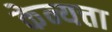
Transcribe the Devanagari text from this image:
केन्यत्ता